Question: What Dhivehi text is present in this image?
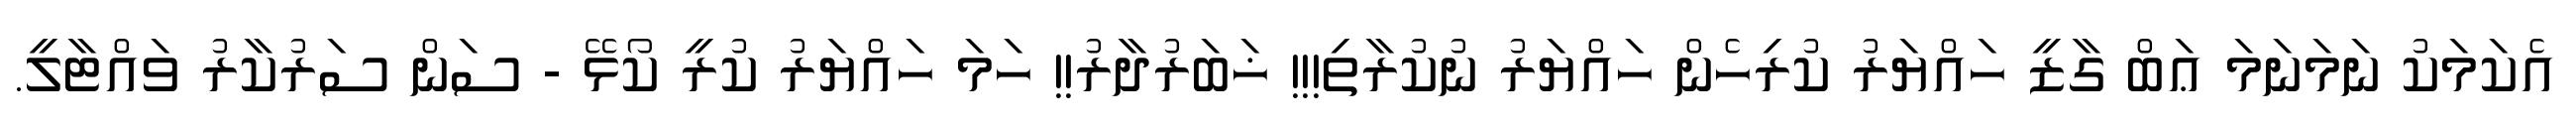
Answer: އެކަމަކު ނަމަނަމަ ޢަބް ގާޒީ ހައްޔަރު ކުރިހެން ހައްޔަރު ނުކުރާތި!!! ޚަބަރުދާރު!! ހަމަ ހައްޔަރު ކުރީ ކޯޅޭ - ސަން ސަރުކާރު ވައްޓާލީ.